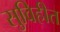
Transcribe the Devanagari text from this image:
सुविहीत